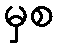
မှစ